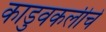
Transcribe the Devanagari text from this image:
काडुवकलीचे